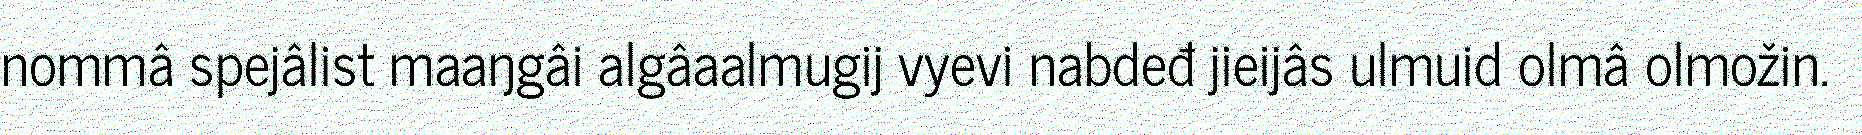
nommâ spejâlist maaŋgâi algâaalmugij vyevi nabdeđ jieijâs ulmuid olmâ olmožin.